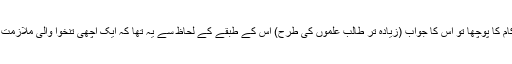
شاید یہی وجہ ہے کہ جب میں نے مرتضٰی سے اس کی زندگی میں تعلیم کی اہمیت اور کام کا پوچھا تو اس کا جواب (زیادہ تر طالب علموں کی طرح) اس کے طبقے کے لحاظ سے یہ تھا کہ ایک اچھی تنخوا والی ملازمت، اعلیٰ معیار کی زندگی اور ایک طاقت ور خاندان سے بیوی لانے کی خواہش شامل تھی۔